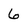
Character: 6